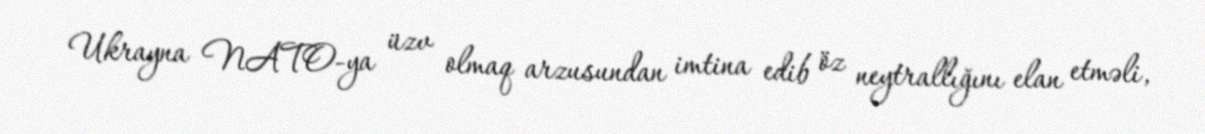
Ukrayna NATO-ya üzv olmaq arzusundan imtina edib öz neytrallığını elan etməli,